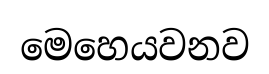
මෙහෙයවනව